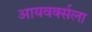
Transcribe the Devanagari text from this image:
आयवर्क्सला